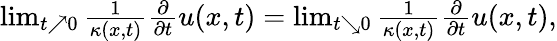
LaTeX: \begin{array}{r}{\operatorname*{lim}_{t\nearrow 0}\frac{1}{\kappa(x,t)}\frac{\partial}{\partial t}u(x,t)=\operatorname*{lim}_{t\searrow 0}\frac{1}{\kappa(x,t)}\frac{\partial}{\partial t}u(x,t),}\end{array}